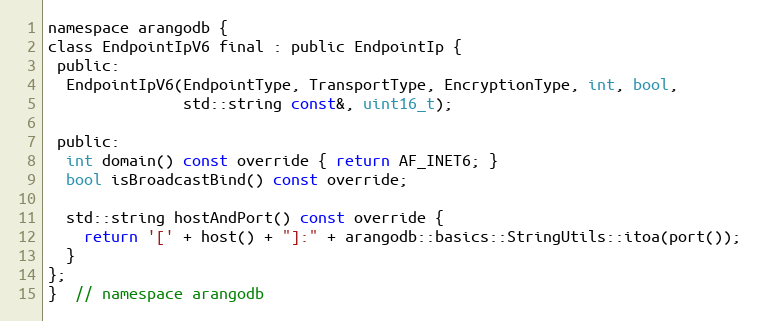
Language: C
namespace arangodb {
class EndpointIpV6 final : public EndpointIp {
 public:
  EndpointIpV6(EndpointType, TransportType, EncryptionType, int, bool,
               std::string const&, uint16_t);

 public:
  int domain() const override { return AF_INET6; }
  bool isBroadcastBind() const override;

  std::string hostAndPort() const override {
    return '[' + host() + "]:" + arangodb::basics::StringUtils::itoa(port());
  }
};
}  // namespace arangodb